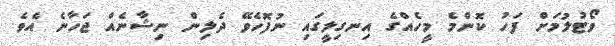
ވޯޓުލުމަށް ފަހު ކޮންމެ މީހެއްގެ އިނގިލީގައި ނުފޮހެވޭ ދެލިން ނިޝާނެއް ޖަހާނެ އެވެ.